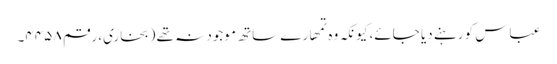
عباس کو رہنے دیا جائے، کیونکہ وہ تمھارے ساتھ موجود نہ تھے (بخاری، رقم ۴۴۵۸۔